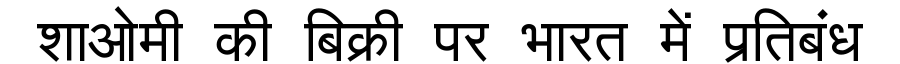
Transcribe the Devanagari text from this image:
शाओमी की बिक्री पर भारत में प्रतिबंध